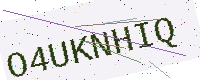
Text: O4UKNHIQ